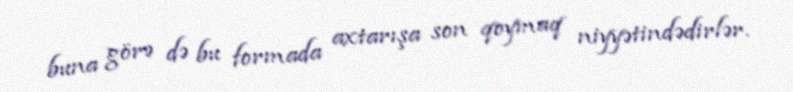
buna görə də bu formada axtarışa son qoymaq niyyətindədirlər.